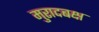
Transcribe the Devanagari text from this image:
मुरादबक्ष